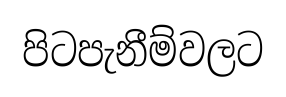
පිටපැනීම්වලට